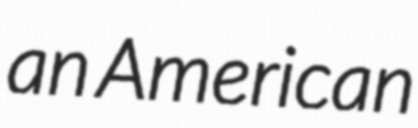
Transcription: an American